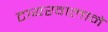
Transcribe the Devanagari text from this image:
टायरवालाने